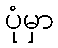
ပုံမှာ